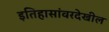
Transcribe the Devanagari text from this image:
इतिहासांवरदेखील